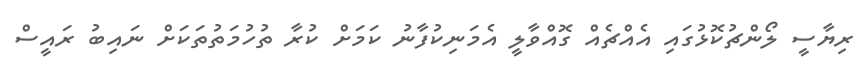
ރިޔާސީ ލޯންޗުކޮޅުގައި އެއްޗެއް ގޮއްވާލީ އެމަނިކުފާނު ކަމަށް ކުރާ ތުހުމަތުތަކަށް ނައިބު ރައީސް